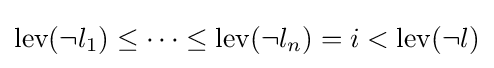
{\text{lev}}(\neg l_{1})\leq \dots \leq {\text{lev}}(\neg l_{n})=i<{\text{lev}}(\neg l)